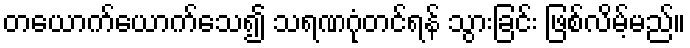
တယောက်ယောက်သေ၍ သရဏဂုံတင်ရန် သွားခြင်း ဖြစ်လိမ့်မည်။